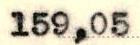
159,05